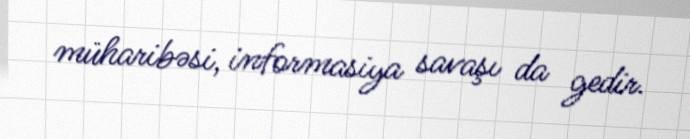
müharibəsi, informasiya savaşı da gedir.